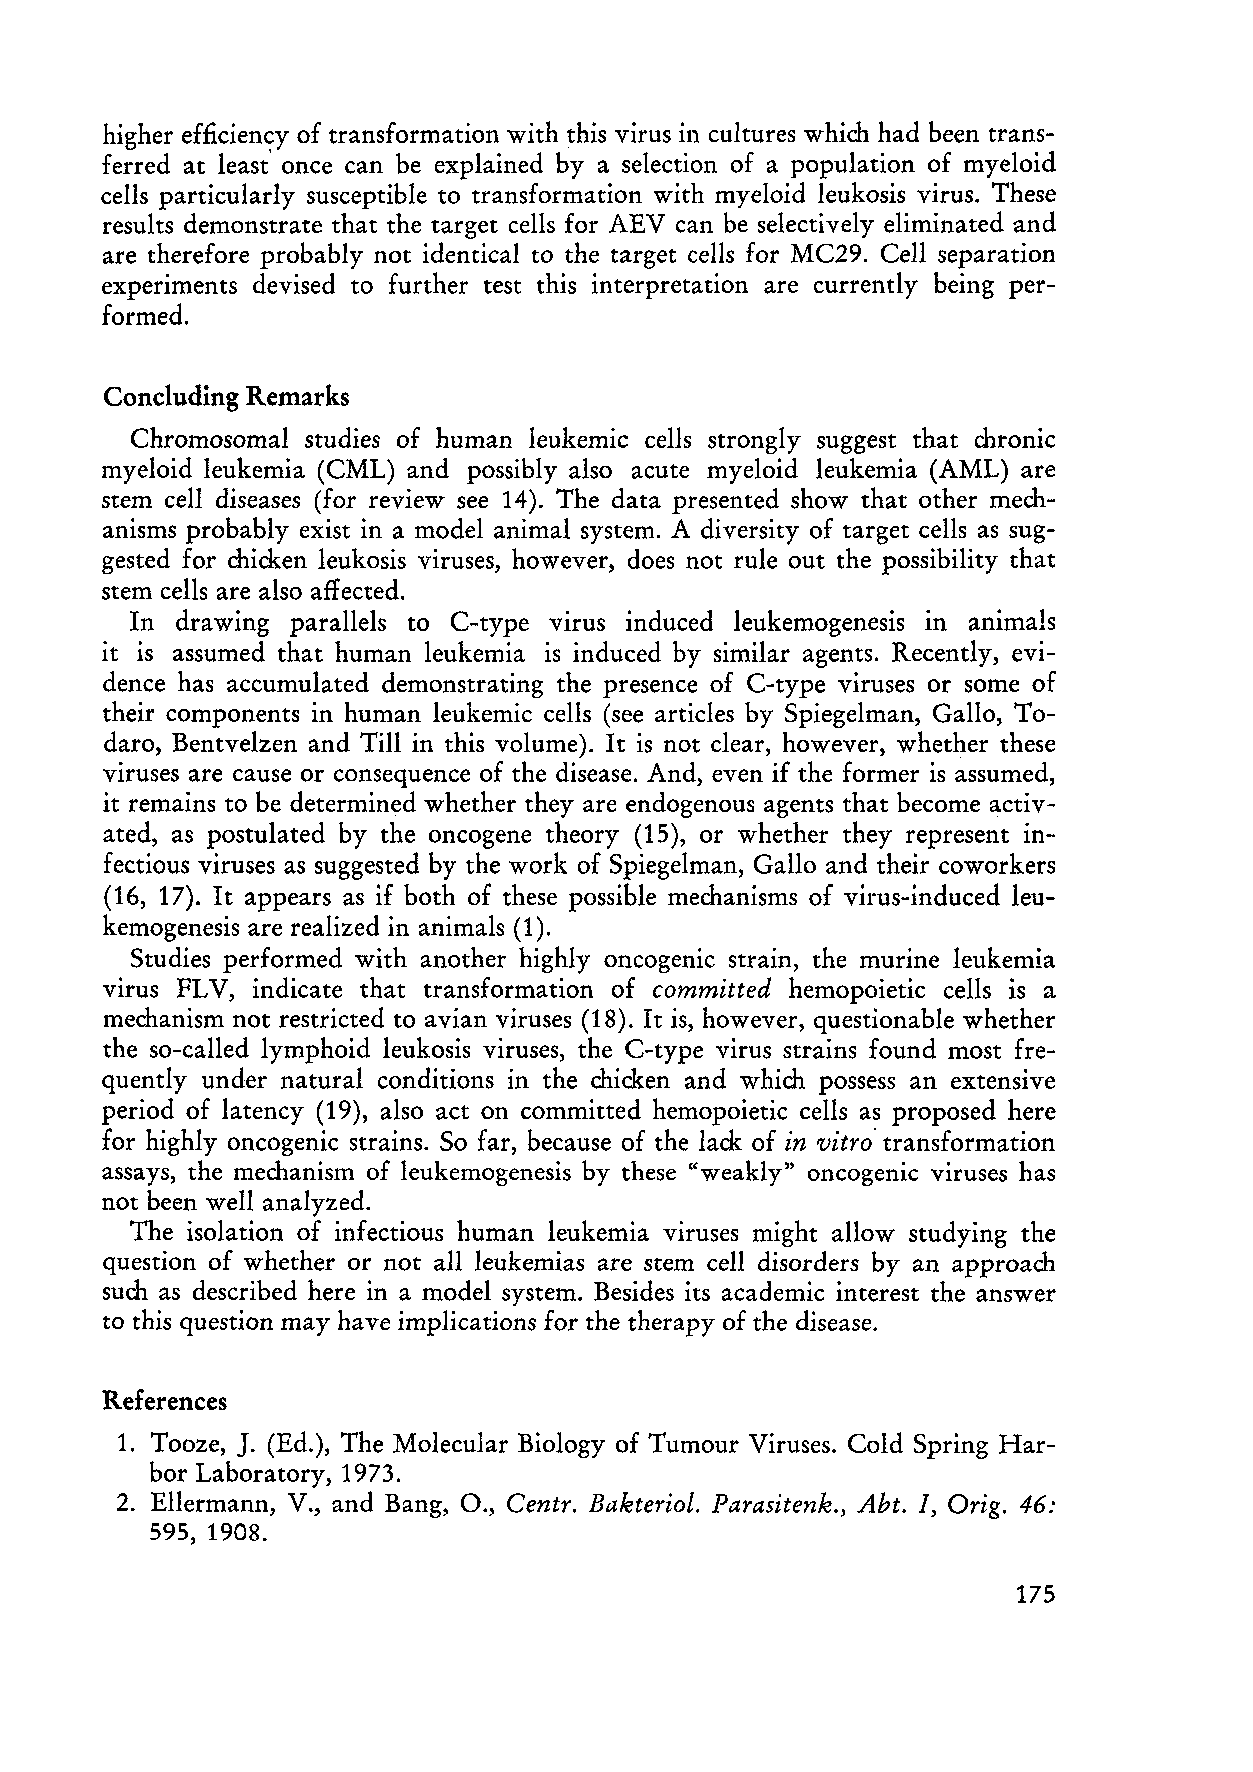
higher efficiency of transformation with this virus in cultures which had been trans
 ferred at least' once can be explained by a selection of a population of myeloid
 ceIls particularly susceptible to transformation with myeloid leukosis virus. These
 results demonstrate that the target cells for AEV can be selectively eliminated and
 are therefore probably not identical to the target cells for MC29. Cell separation
 experIments devised to further test this interpretation are currently being per
 formed.
 Concluding Remarks
 Chromosomal studies of human leukemic cells strongly suggest that chronic
 myeloid leukemia (CML) and possibly also acute myeloid leukemia (AML) are
 stern ceIl diseases (for review see 14). The data presented show that other mech
 anisms probably ex ist in a model animal system. A diversity of target cells as sug
 gested for chicken leukosis viruses, however, does not rule out the possibility that
 stern cells are also affected.
 In drawing par allels to C-type virus induced leukemogenesis in animals
 it is assumed that human leukemia is induced by similar agents. Recently, evi
 dence has accumulated demonstrating the presence of C-type viruses or some of
 their components in human leukemic cells (see articles by Spiegelman, GaIlo, To
 daro, Bentvelzen and Till in this volume). It is not clear, however, whether these
 viruses are cause or consequence of the disease. And, even if the former is assumed,
 it remains to be determined whether they are endogenous agents that become activ
 ated, as postulated by the oncogene theory (15), or whether they represent in
 fectious viruses as suggested by the work of Spiegelman, Gallo and their coworkers
 (16, 17). It appears as if both of these possible mechanisms of virus-induced leu
 kemogenesis are realized in animals (1).
 Studies performed with another highly oncogenic strain, the murine leukemia
 virus FL V, indicate that transformation of committed hemopoietic cells is a
 mechanism not restricted to avian viruses (18). It is, however, questionable whether
 the so-ca lIed lymphoid leukosis viruses, the C-type virus strains found most fre
 quently under natural conditions in the chicken and which possess an extensive
 period of latency (19), also act on committed hemopoietic cells as proposed here
 for highly oncogenic strains. So far, because of the lack of in vitro' transformation
 assays, the meclJanism of leukemogenesis by these "weakly" oncogenic viruses has
 not been weIl analyzed.
 The isolation of infectious human leukemia viruses might allow studying the
 question of whether or not aIl leukemias are stern ceIl disorders by an approaclJ
 such as described here in a model system. Besides its academic interest the answer
 to this question may have irnplications for the therapy of the disease.
 References
 J.
 1. Tooze, (Ed.), The Molecular Biology of Tumour Viruses. Cold Spring Har
 bor Laboratory, 1973.
 2. EIlermann, V., and Bang, 0., Centr. Bakteriol. Parasitenk., Abt. I, Orig. 46:
 595, 1908.
 175